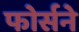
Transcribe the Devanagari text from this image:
फोर्सने